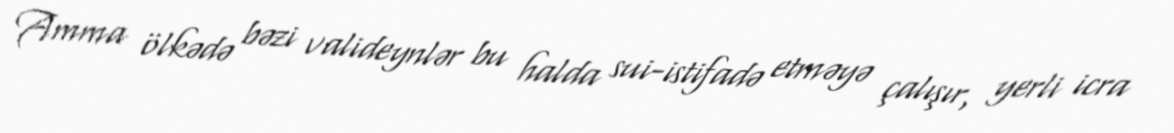
Amma ölkədə bəzi valideynlər bu halda sui-istifadə etməyə çalışır, yerli icra